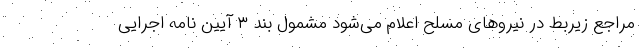
مراجع زیربط در نیروهای مسلح اعلام می‌شود مشمول بند ۳ آیین نامه اجرایی